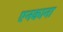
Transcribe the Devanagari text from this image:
एनकाना